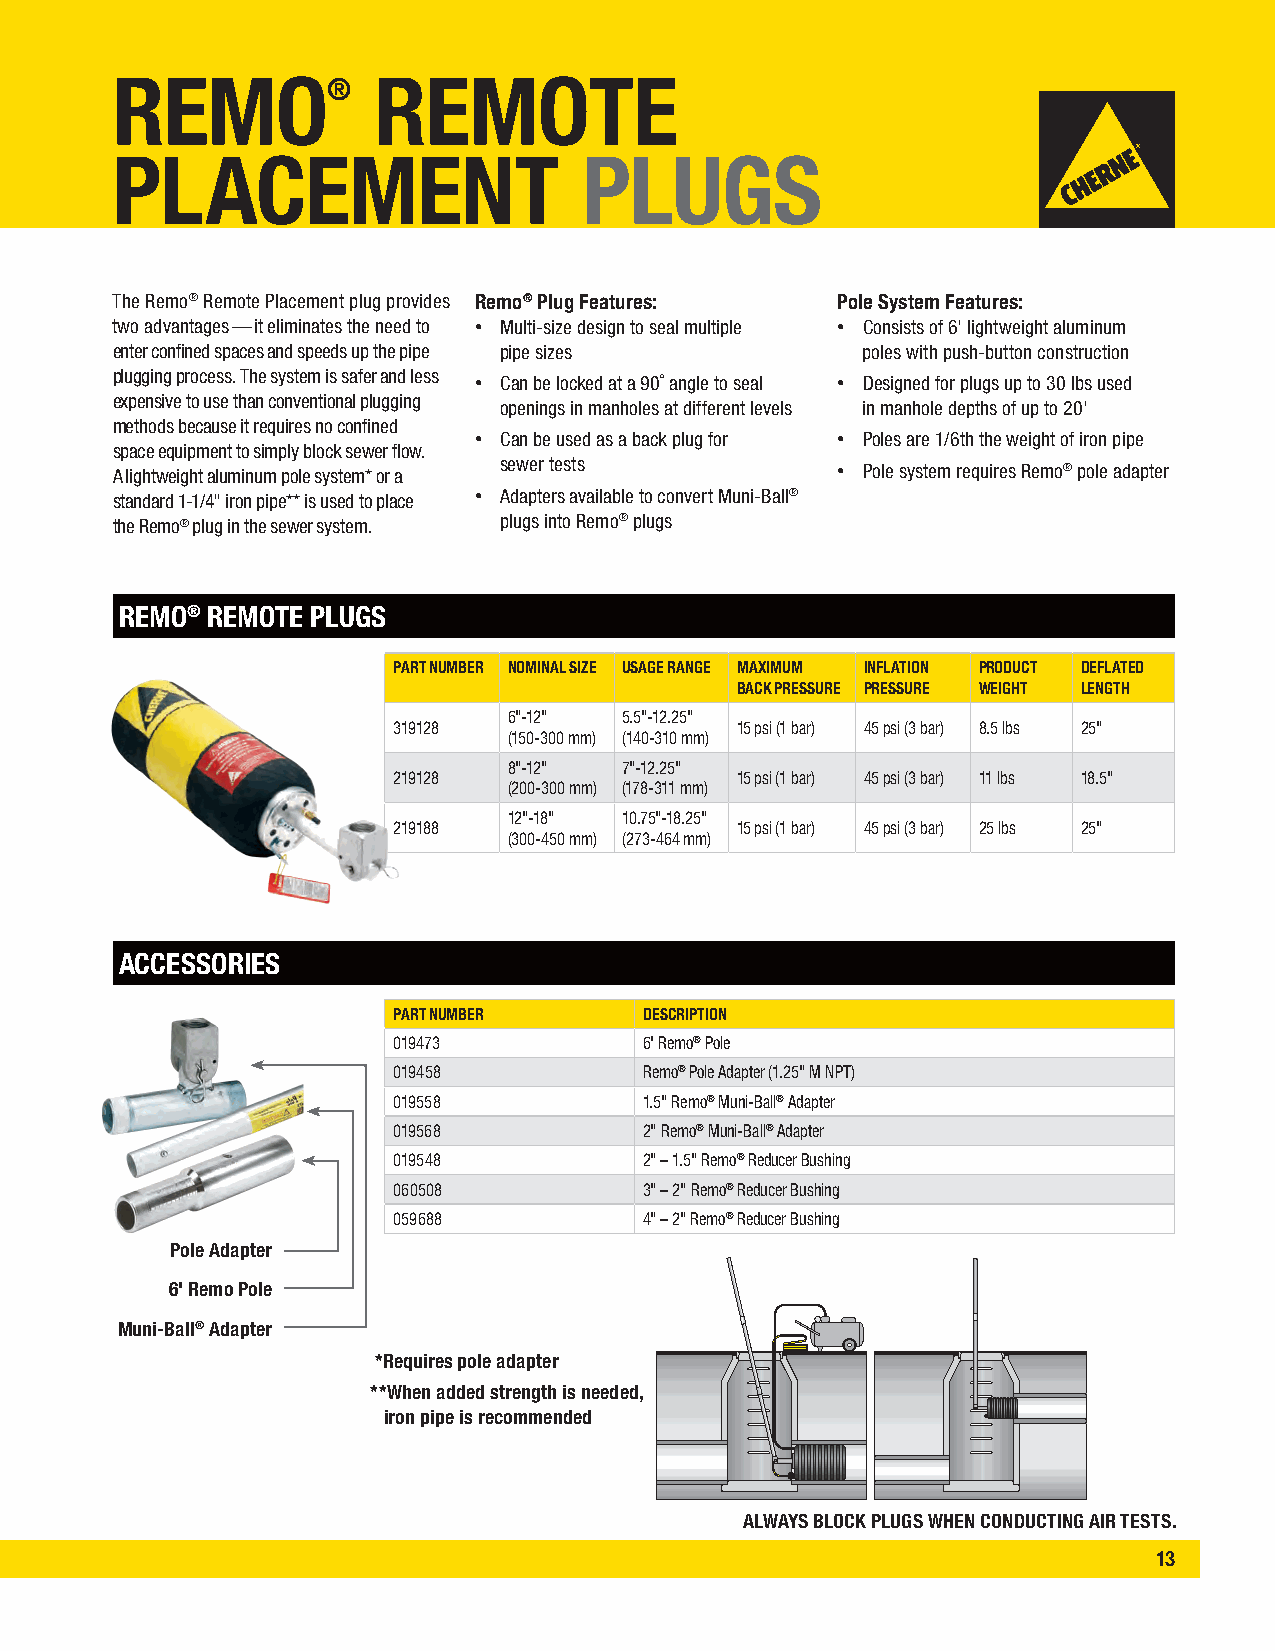
REMO®             REMOTE
 PLACEMENT                       PLUGS
 The Remo® Remote Placement plug provides Remo® Plug Features: Pole System Features:
 two advantages — it eliminates the need to • Multi-size design to seal multiple • Consists of 6' lightweight aluminum
 enter confined spaces and speeds up the pipe pipe sizes poles with push-button construction
 plugging process. The system is safer and less
 • Can be locked at a 90˚ angle to seal • Designed for plugs up to 30 lbs used
 expensive to use than conventional plugging
 openings in manholes at different levels in manhole depths of up to 20'
 methods because it requires no confined
 • Can be used as a back plug for • Poles are 1/6th the weight of iron pipe
 space equipment to simply block sewer flow.
 A lightweight aluminum pole system* or a sewer tests • Pole system requires Remo® pole adapter
 standard 1-1/4" iron pipe** is used to place • Adapters available to convert Muni-Ball®
 the Remo® plug in the sewer system. plugs into Remo® plugs
 REMO® REMOTE PLUGS
 PART NUMBER NOMINAL SIZE USAGE RANGE MAXIMUM INFLATION PRODUCT DEFLATED
 BACK PRESSURE PRESSURE WEIGHT LENGTH
 6"-12" 5.5"-12.25"
 319128                 15 psi (1 bar) 45 psi (3 bar) 8.5 lbs 25"
 (150-300 mm) (140-310 mm)
 8"-12" 7"-12.25"
 219128                 15 psi (1 bar) 45 psi (3 bar) 11 lbs 18.5"
 (200-300 mm) (178-311 mm)
 12"-18" 10.75"-18.25"
 219188                 15 psi (1 bar) 45 psi (3 bar) 25 lbs 25"
 (300-450 mm) (273-464 mm)
 ACCESSORIES
 PART NUMBER      DESCRIPTION
 019473           6' Remo® Pole
 019458           Remo® Pole Adapter (1.25" M NPT)
 019558           1.5" Remo® Muni-Ball® Adapter
 019568           2" Remo® Muni-Ball® Adapter
 019548           2" – 1.5" Remo® Reducer Bushing
 060508           3" – 2" Remo® Reducer Bushing
 059688           4" – 2" Remo® Reducer Bushing
 Pole Adapter
 6' Remo Pole
 Muni-Ball® Adapter
 *R equires pole adapter
 ** When added strength is needed,
 iron pipe is recommended
 ALWAYS BLOCK PLUGS WHEN CONDUCTING AIR TESTS.
 13